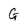
Character: G